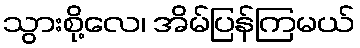
သွားစို့လေ၊ အိမ်ပြန်ကြမယ်